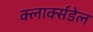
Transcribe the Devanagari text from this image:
क्लार्क्सडेल